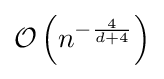
{\mathcal {O}}\left(n^{-{\frac {4}{d+4}}}\right)